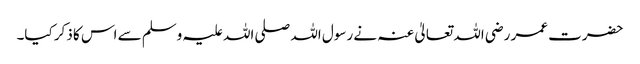
حضرت عمر رضی اللہ تعالیٰ عنہ نے رسول اللہ صلی اللہ علیہ وسلم سے اس کا ذکر کیا۔